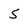
Character: 5